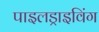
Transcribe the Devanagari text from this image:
पाइलड्राइविंग